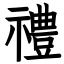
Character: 禮